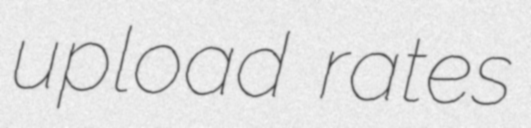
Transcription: upload rates